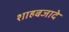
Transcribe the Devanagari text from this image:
शाहबजादे